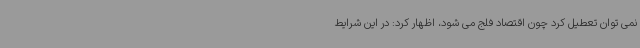
نمی توان تعطیل کرد چون اقتصاد فلج می شود، اظهار کرد: در این شرایط